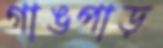
গাঙপাড়